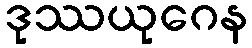
ဒုဿယုဂေန